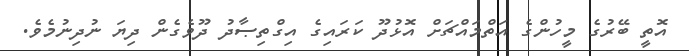
އޮތީ ބޭރުގެ މީހުންގެ އަތްމައްޗަށް އޮޅުދޫ ކަރައިގެ އިގްތިޞާދު ދޫވެގެން ދިޔަ ނުދިނުމެވެ.